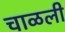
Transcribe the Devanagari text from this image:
चाळली